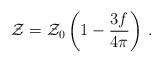
LaTeX: \begin{align*}{\cal Z} = {\cal Z}_0 \left( 1-\frac{3f}{4\pi}\right)\,.\end{align*}